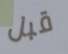
قبل